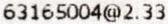
63165004@2.33